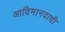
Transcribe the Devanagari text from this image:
आदिमानवाची